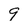
Character: 9